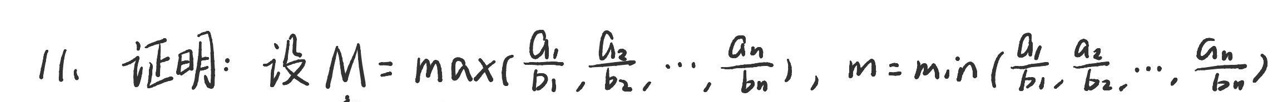
11. 证明: 设 \(M = \max\left(\frac{a_1}{b_1},\frac{a_2}{b_2},\cdots,\frac{a_n}{b_n}\right)\), \(m = \min\left(\frac{a_1}{b_1},\frac{a_2}{b_2},\cdots,\frac{a_n}{b_n}\right)\)